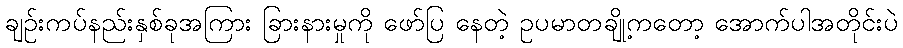
ချဉ်းကပ်နည်းနှစ်ခုအကြား ခြားနားမှုကို ဖော်ပြ နေတဲ့ ဥပမာတချို့ကတော့ အောက်ပါအတိုင်းပဲ